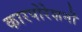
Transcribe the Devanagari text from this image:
कारपोरेशनों